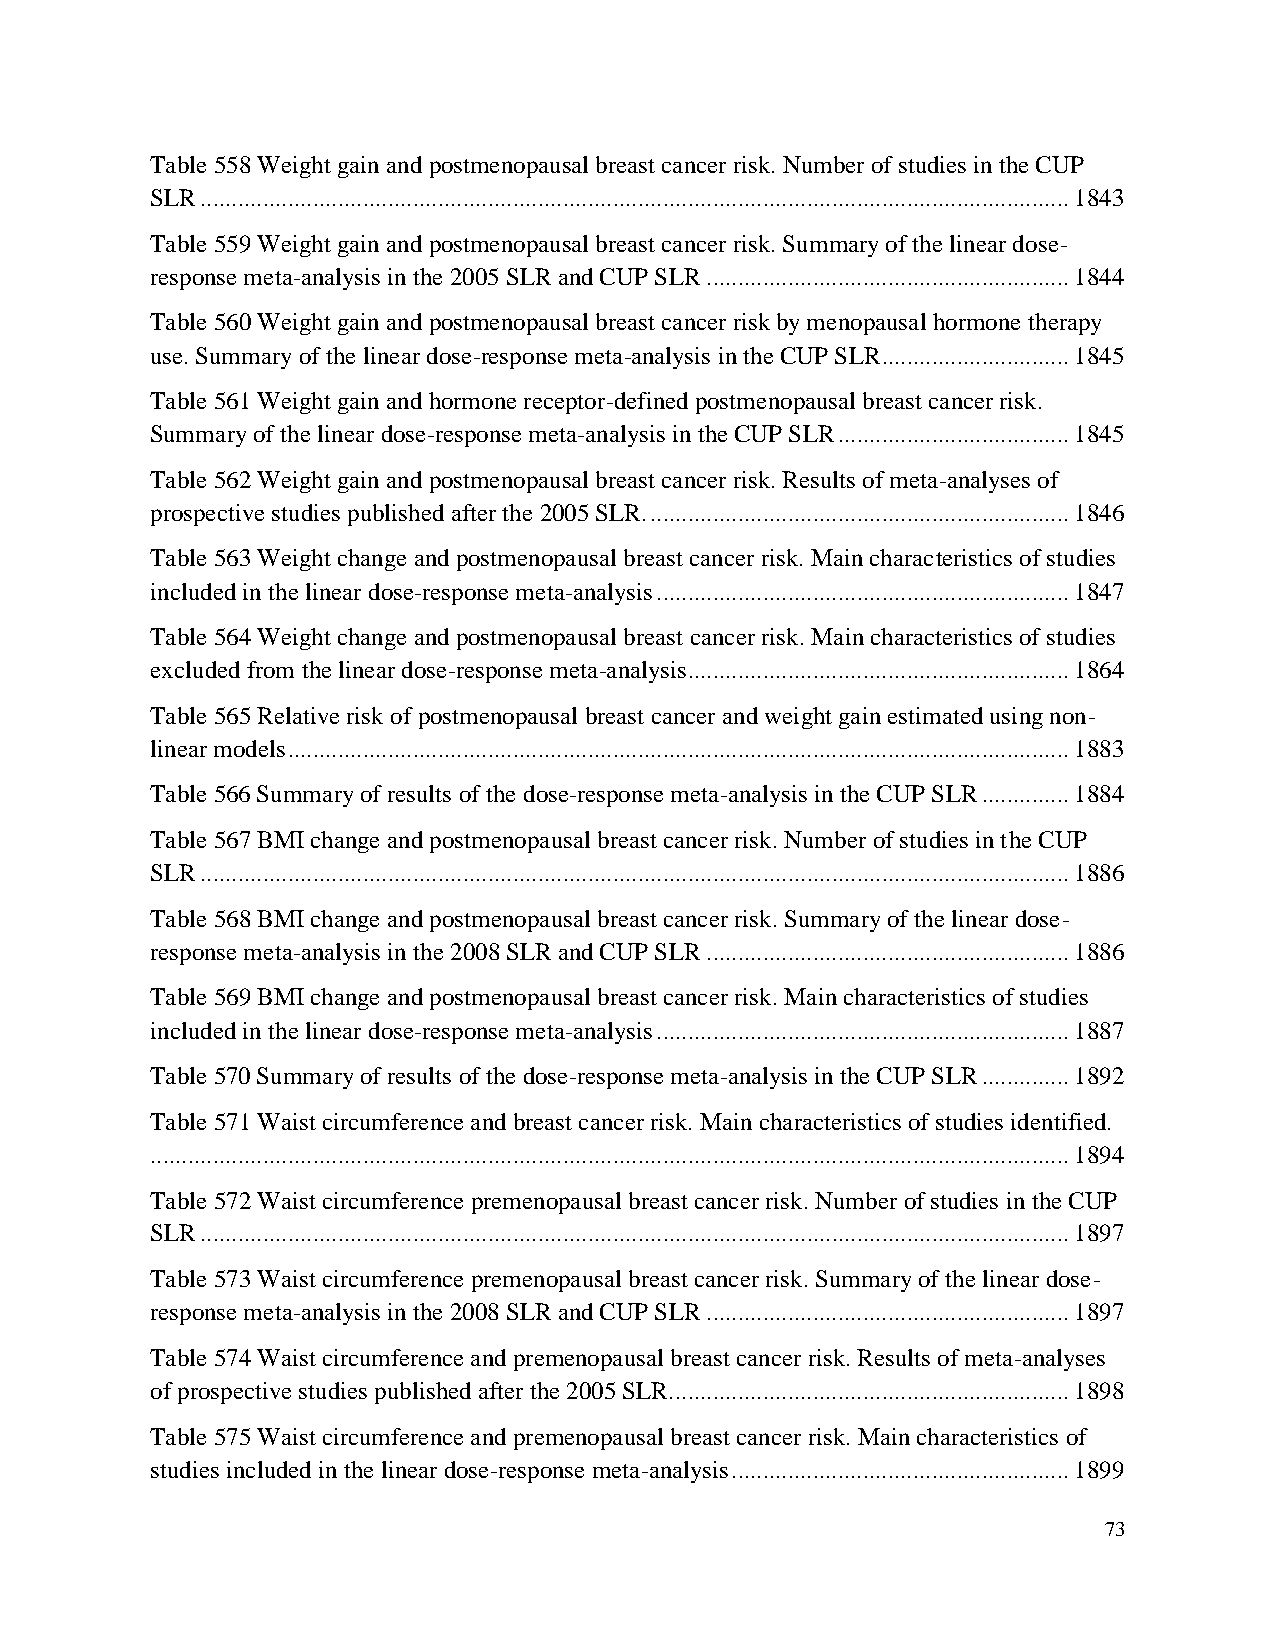
Table 558 Weight gain and postmenopausal breast cancer risk. Number of studies in the CUP
 SLR ........................................................................................................................................... 1843
 Table 559 Weight gain and postmenopausal breast cancer risk. Summary of the linear dose-
 response meta-analysis in the 2005 SLR and CUP SLR .......................................................... 1844
 Table 560 Weight gain and postmenopausal breast cancer risk by menopausal hormone therapy
 use. Summary of the linear dose-response meta-analysis in the CUP SLR.............................. 1845
 Table 561 Weight gain and hormone receptor-defined postmenopausal breast cancer risk.
 Summary of the linear dose-response meta-analysis in the CUP SLR ..................................... 1845
 Table 562 Weight gain and postmenopausal breast cancer risk. Results of meta-analyses of
 prospective studies published after the 2005 SLR. ................................................................... 1846
 Table 563 Weight change and postmenopausal breast cancer risk. Main characteristics of studies
 included in the linear dose-response meta-analysis .................................................................. 1847
 Table 564 Weight change and postmenopausal breast cancer risk. Main characteristics of studies
 excluded from the linear dose-response meta-analysis ............................................................. 1864
 Table 565 Relative risk of postmenopausal breast cancer and weight gain estimated using non-
 linear models ............................................................................................................................. 1883
 Table 566 Summary of results of the dose-response meta-analysis in the CUP SLR .............. 1884
 Table 567 BMI change and postmenopausal breast cancer risk. Number of studies in the CUP
 SLR ........................................................................................................................................... 1886
 Table 568 BMI change and postmenopausal breast cancer risk. Summary of the linear dose-
 response meta-analysis in the 2008 SLR and CUP SLR .......................................................... 1886
 Table 569 BMI change and postmenopausal breast cancer risk. Main characteristics of studies
 included in the linear dose-response meta-analysis .................................................................. 1887
 Table 570 Summary of results of the dose-response meta-analysis in the CUP SLR .............. 1892
 Table 571 Waist circumference and breast cancer risk. Main characteristics of studies identified.
 ................................................................................................................................................... 1894
 Table 572 Waist circumference premenopausal breast cancer risk. Number of studies in the CUP
 SLR ........................................................................................................................................... 1897
 Table 573 Waist circumference premenopausal breast cancer risk. Summary of the linear dose-
 response meta-analysis in the 2008 SLR and CUP SLR .......................................................... 1897
 Table 574 Waist circumference and premenopausal breast cancer risk. Results of meta-analyses
 of prospective studies published after the 2005 SLR................................................................ 1898
 Table 575 Waist circumference and premenopausal breast cancer risk. Main characteristics of
 studies included in the linear dose-response meta-analysis ...................................................... 1899
 73